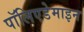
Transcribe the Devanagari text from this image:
पॉलिएडेमाइन